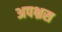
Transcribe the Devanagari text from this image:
अपभ्रस